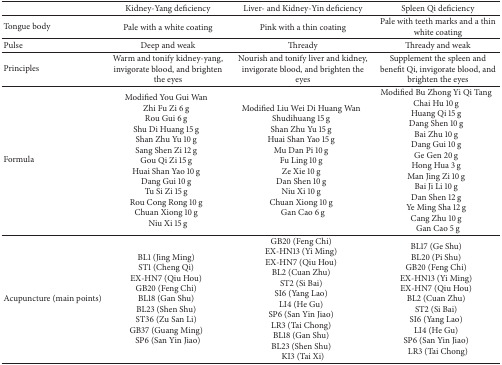
|  | Kidney-Yang deficiency | Liver- and Kidney-Yin deficiency | Spleen Qi deficiency |
 | --- | --- | --- | --- |
 | Tongue body | Pale with a white coating | Pink with a thin coating | Pale with teeth marks and a thin white coating |
 | Pulse | Deep and weak | Thready | Thready and weak |
 | Principles | Warm and tonify kidney-yang, invigorate blood, and brighten the eyes | Nourish and tonify liver and kidney, invigorate blood, and brighten the eyes | Supplement the spleen and benefit Qi, invigorate blood, and brighten the eyes |
 | Formula | Modified You Gui WanZhi Fu Zi 6 gRou Gui 6 gShu Di Huang 15 gShan Zhu Yu 10 gSang Shen Zi 12 gGou Qi Zi 15 gHuai Shan Yao 10 gDang Gui 10 gTu Si Zi 15 gRou Cong Rong 10 gChuan Xiong 10 gNiu Xi 15 g | Modified Liu Wei Di Huang WanShudihuang 15 gShan Zhu Yu 15 gHuai Shan Yao 15 gMu Dan Pi 10 gFu Ling 10 gZe Xie 10 gDan Shen 10 gNiu Xi 10 gChuan Xiong 10 gGan Cao 6 g | Modified Bu Zhong Yi Qi TangChai Hu 10 gHuang Qi 15 gDang Shen 10 gBai Zhu 10 gDang Gui 10 gGe Gen 20 gHong Hua 3 gMan Jing Zi 10 gBai Ji Li 10 gDan Shen 12 gYe Ming Sha 12 gCang Zhu 10 gGan Cao 5 g |
 | Acupuncture (main points) | BL1 (Jing Ming)ST1 (Cheng Qi)EX-HN7 (Qiu Hou)GB20 (Feng Chi)BL18 (Gan Shu)BL23 (Shen Shu)ST36 (Zu San Li)GB37 (Guang Ming)SP6 (San Yin Jiao) | GB20 (Feng Chi)EX-HN13 (Yi Ming)EX-HN7 (Qiu Hou)BL2 (Cuan Zhu)ST2 (Si Bai)SI6 (Yang Lao)LI4 (He Gu)SP6 (San Yin Jiao)LR3 (Tai Chong)BL18 (Gan Shu)BL23 (Shen Shu)KI3 (Tai Xi) | BL17 (Ge Shu)BL20 (Pi Shu)GB20 (Feng Chi)EX-HN13 (Yi Ming)EX-HN7 (Qiu Hou)BL2 (Cuan Zhu)ST2 (Si Bai)SI6 (Yang Lao)LI4 (He Gu)SP6 (San Yin Jiao)LR3 (Tai Chong) |